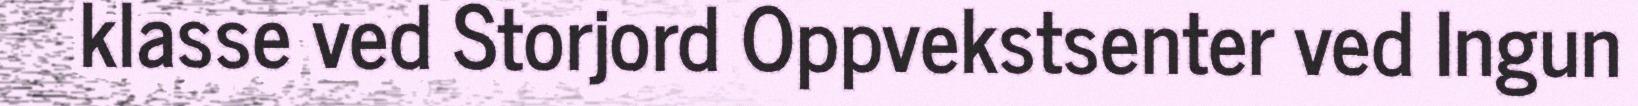
klasse ved Storjord Oppvekstsenter ved Ingun